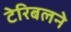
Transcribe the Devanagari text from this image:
टेरिबलने